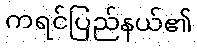
ကရင်ပြည်နယ်၏